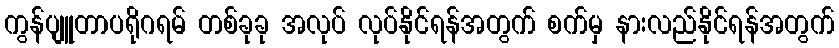
ကွန်ပျူတာပရိုဂရမ် တစ်ခုခု အလုပ် လုပ်နိုင်ရန်အတွက် စက်မှ နားလည်နိုင်ရန်အတွက်